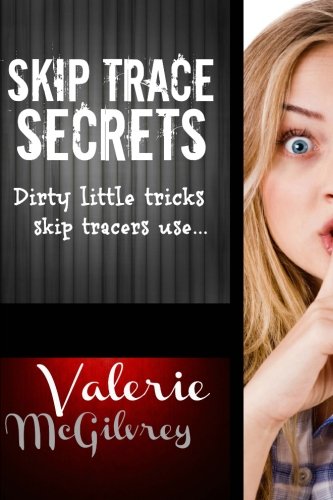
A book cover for Skip Trace Secrets: Dirty little tricks skip tracers use...; Valerie McGilvrey; Law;